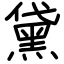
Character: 黛